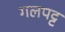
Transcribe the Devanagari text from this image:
गलपट्ट